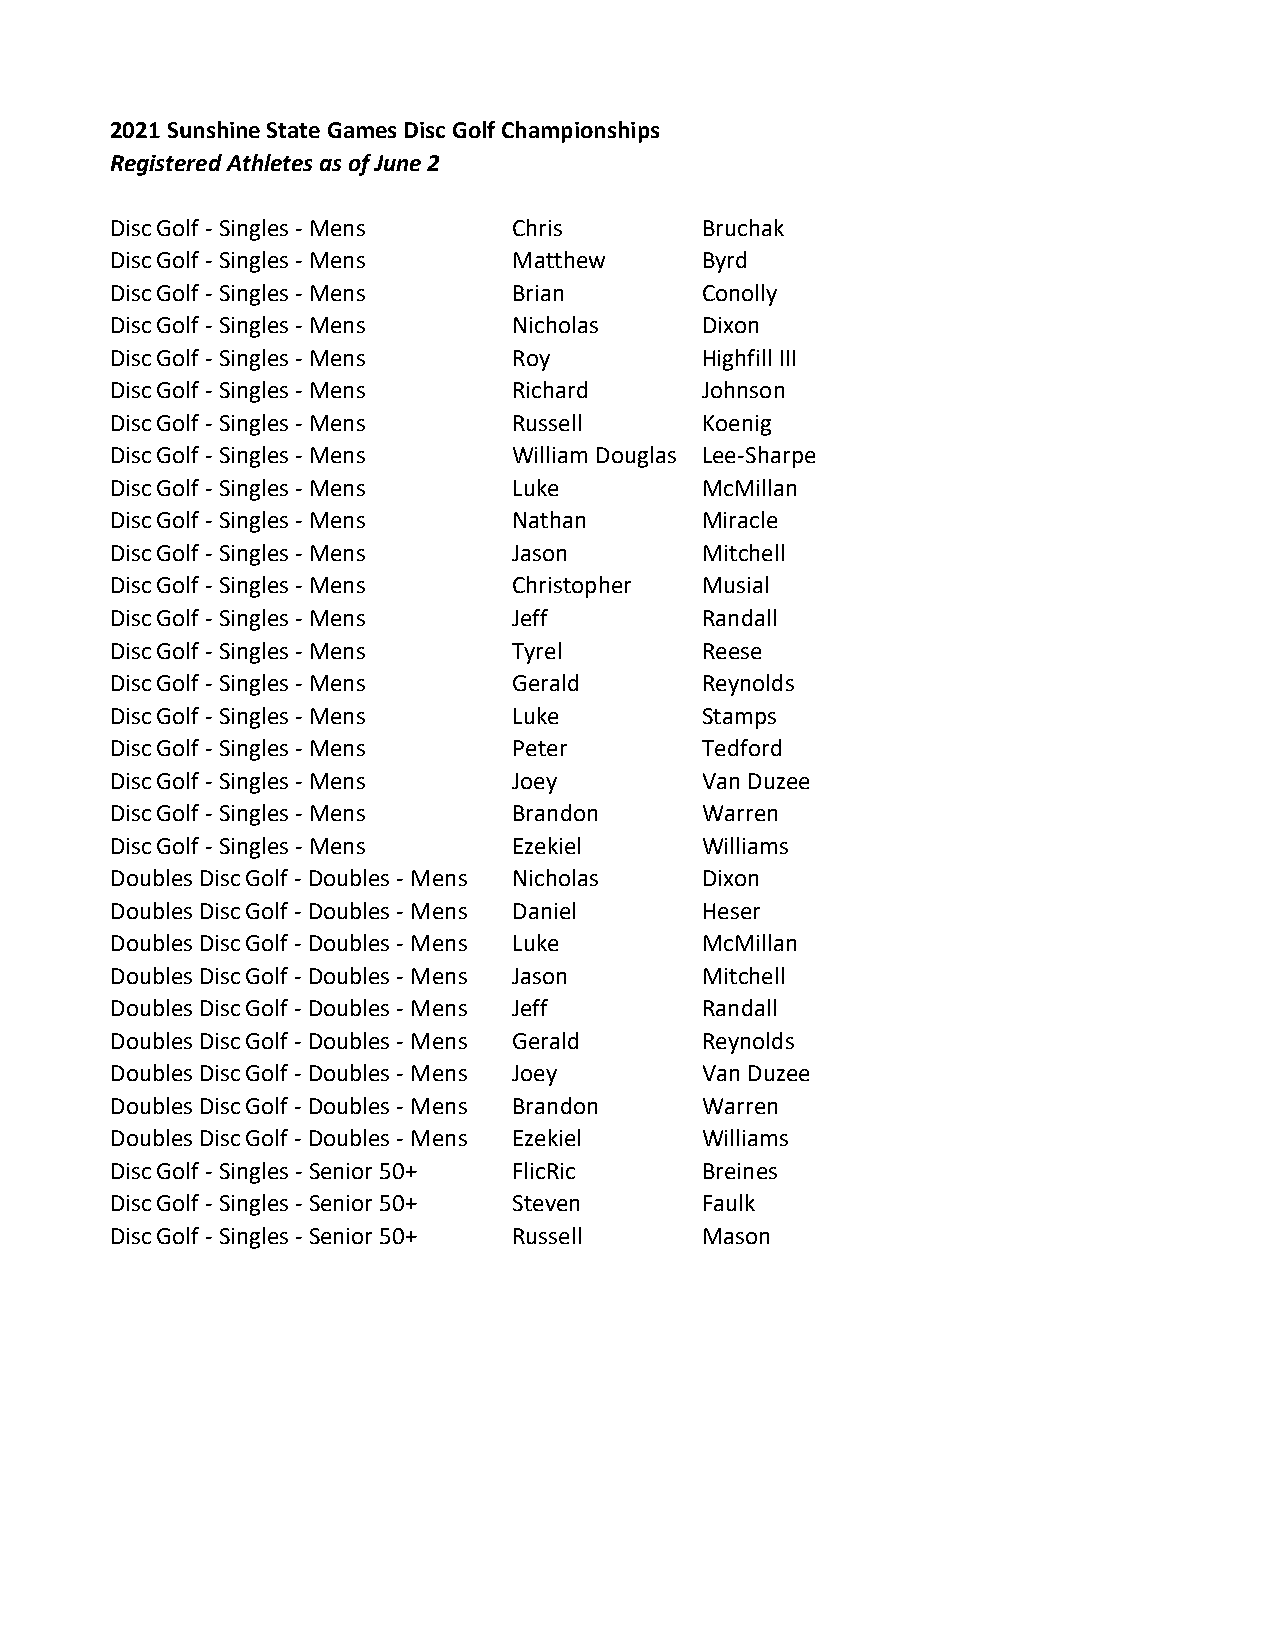
2021 Sunshine State Games Disc Golf Championships
 Registered Athletes as of June 2
 Disc Golf - Singles - Mens Chris       Bruchak
 Disc Golf - Singles - Mens Matthew     Byrd
 Disc Golf - Singles - Mens Brian       Conolly
 Disc Golf - Singles - Mens Nicholas    Dixon
 Disc Golf - Singles - Mens Roy         Highfill III
 Disc Golf - Singles - Mens Richard     Johnson
 Disc Golf - Singles - Mens Russell     Koenig
 Disc Golf - Singles - Mens William Douglas Lee-Sharpe
 Disc Golf - Singles - Mens Luke        McMillan
 Disc Golf - Singles - Mens Nathan      Miracle
 Disc Golf - Singles - Mens Jason       Mitchell
 Disc Golf - Singles - Mens Christopher Musial
 Disc Golf - Singles - Mens Jeff        Randall
 Disc Golf - Singles - Mens Tyrel       Reese
 Disc Golf - Singles - Mens Gerald      Reynolds
 Disc Golf - Singles - Mens Luke        Stamps
 Disc Golf - Singles - Mens Peter       Tedford
 Disc Golf - Singles - Mens Joey        Van Duzee
 Disc Golf - Singles - Mens Brandon     Warren
 Disc Golf - Singles - Mens Ezekiel     Williams
 Doubles Disc Golf - Doubles - Mens Nicholas Dixon
 Doubles Disc Golf - Doubles - Mens Daniel Heser
 Doubles Disc Golf - Doubles - Mens Luke McMillan
 Doubles Disc Golf - Doubles - Mens Jason Mitchell
 Doubles Disc Golf - Doubles - Mens Jeff Randall
 Doubles Disc Golf - Doubles - Mens Gerald Reynolds
 Doubles Disc Golf - Doubles - Mens Joey Van Duzee
 Doubles Disc Golf - Doubles - Mens Brandon Warren
 Doubles Disc Golf - Doubles - Mens Ezekiel Williams
 Disc Golf - Singles - Senior 50+ FlicRic Breines
 Disc Golf - Singles - Senior 50+ Steven Faulk
 Disc Golf - Singles - Senior 50+ Russell Mason